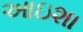
આઇશા